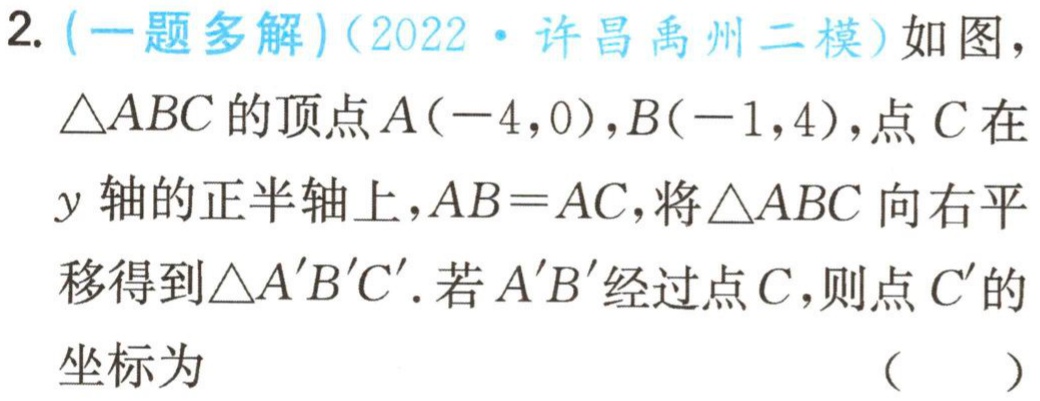
2. (一题多解)(2022·许昌禹州二模)如图，

$\triangle ABC$的顶点$A(-4,0),B(-1,4)$，点$C$在

$y$轴的正半轴上，$AB = AC$，将$\triangle ABC$向右平

移得到$\triangle A'B'C'$. 若$A'B'$经过点$C$，则点$C'$的

坐标为

（  ）